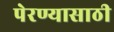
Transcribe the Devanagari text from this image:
पेरण्यासाठी